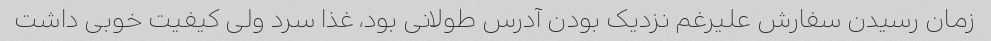
زمان رسیدن سفارش علیرغم نزدیک بودن آدرس طولانی بود، غذا سرد ولی کیفیت خوبی داشت